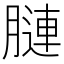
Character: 𦟪